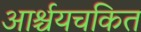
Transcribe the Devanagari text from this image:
आर्श्चयचकित